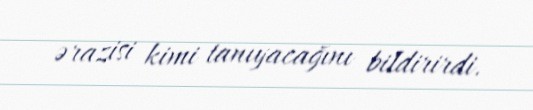
ərazisi kimi tanıyacağını bildirirdi.